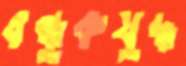
বন্ধুকযুদ্ধ